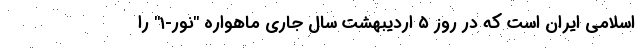
اسلامی ایران است که در روز ۵ اردیبهشت سال جاری ماهواره "نور-۱" را